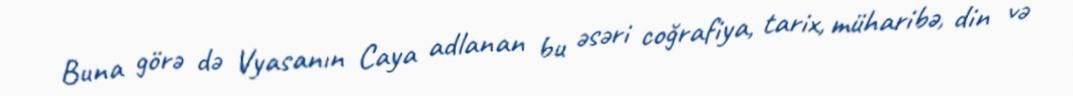
Buna görə də Vyasanın Caya adlanan bu əsəri coğrafiya, tarix, müharibə, din və